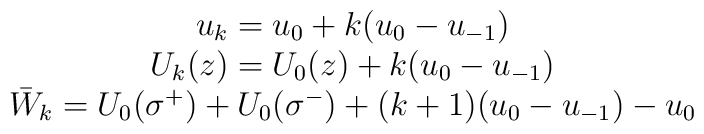
\begin{array}{c}u_k=u_0+k(u_0-u_{-1}) \\U_k(z)=U_0(z)+k(u_0-u_{-1}) \\\bar W_k=U_0(\sigma ^{+})+U_0(\sigma ^{-})+(k+1)(u_0-u_{-1})-u_0\end{array}